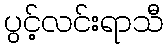
ပွင့်လင်းရာသီ